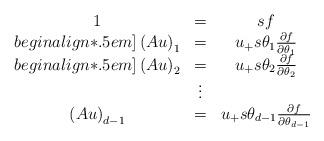
LaTeX: \begin{align*}\begin{array}{ccc} 1 & = & sf\\begin{align*}.5em]\left(Au\right)_{1} & = & u_{+}s\theta_{1}\frac{\partial f}{\partial\theta_{1}}\\begin{align*}.5em]\left(Au\right)_{2} & = & u_{+}s\theta_{2}\frac{\partial f}{\partial\theta_{2}}\\ & \vdots\\\left(Au\right)_{d-1} & = & u_{+}s\theta_{d-1}\frac{\partial f}{\partial\theta_{d-1}}\end{array}\end{align*}